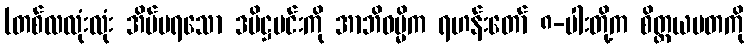
(တစ်လလုံးလုံး အိပ်မရသော ဒမိဋ္ဌမင်းကို အာဘိဓမ္မိက ရဟန်းတော် ၈-ပါးတို့က စိတ္တယမတကို